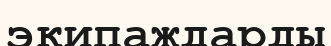
экипаждарды